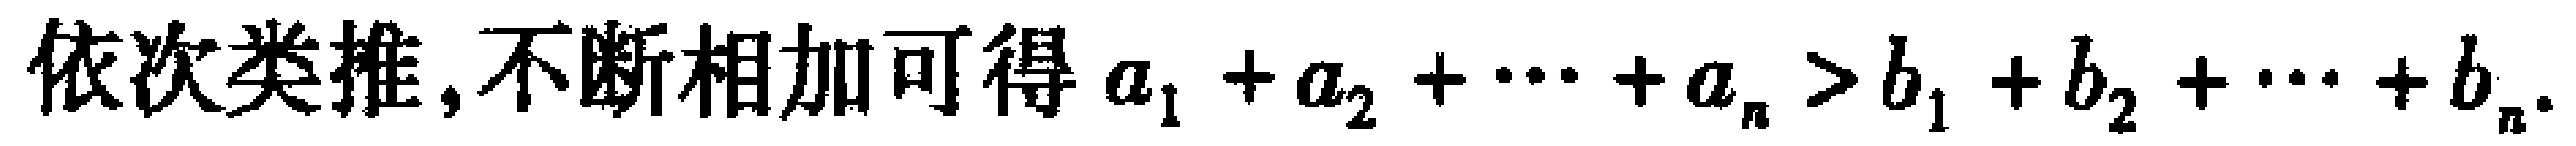
依次类推,不断相加可得\(a_{1}+a_{2}+\cdots +a_{n}>b_{1}+b_{2}+\cdots +b_{n}\).